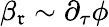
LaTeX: \beta_{\mathfrak{r}}\sim\partial_{\tau}\phi